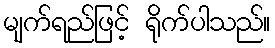
မျက်ရည်ဖြင့် ရိုက်ပါသည်။